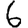
Digit: 6